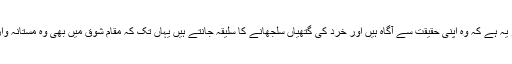
ان کی پر کشش،جاذب اور مقبول شخصیت کا راز یہ ہے کہ وہ اپنی حقیقت سے آگاہ ہیں اور خرد کی گتھیاں سلجھانے کا سلیقہ جانتے ہیں یہاں تک کہ مقام شوق میں بھی وہ مستانہ وار رہ وادی ء خیال کامیابی سے طے کر لیتے ہیں۔